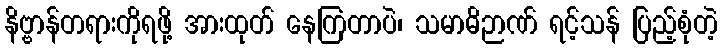
နိဗ္ဗာန်တရားကိုရဖို့ အားထုတ် နေကြတာပဲ၊ သမာဓိဉာဏ် ရင့်သန် ပြည့်စုံတဲ့